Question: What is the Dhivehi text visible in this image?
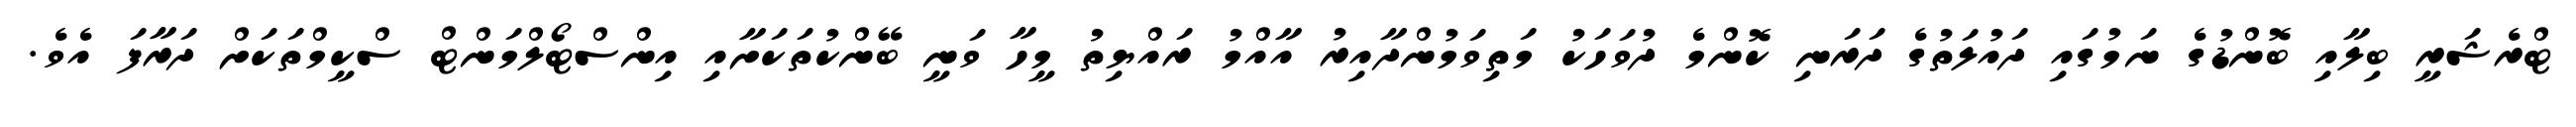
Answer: ޓްރެޝަރީ ބިލާއި ބޮންޑުގެ ނަމުގައި ދައުލަތުގެ ދަރަނި ކޮންމެ ދުވަހަކު މަތިވަމުންދާއިރު އާއްމު ރައްޔިތު މީހާ ވަނީ ބޭންކުތަކަށާއި އިންސްޓޯލްމަންޓް ސްކީމްތަކަށް ދަރާފަ އެވެ.